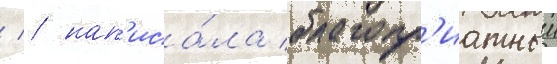
  нап'иса́ла благопр'иатныи